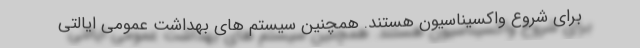
برای شروع واکسیناسیون هستند. همچنین سیستم های بهداشت عمومی ایالتی